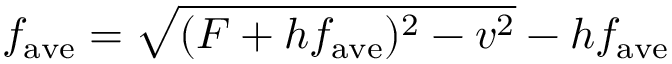
f _ { \mathrm { a v e } } = \sqrt { ( F + h f _ { \mathrm { a v e } } ) ^ { 2 } - v ^ { 2 } } - h f _ { \mathrm { a v e } }